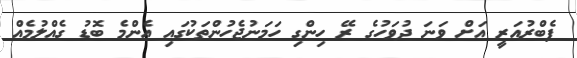
ފެބްރުއަރީ އަށް ވަނަ ދުވަހުގެ ރޭ ހިންގި ހަމަނުޖެހުންތަކުގައި އެންމެ ބޮޑު ގެއްލުމެއް